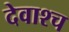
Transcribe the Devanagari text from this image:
देवाश्च